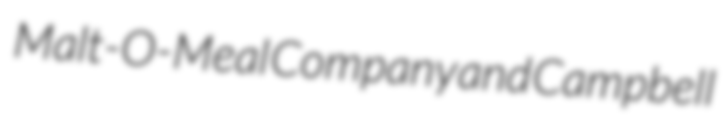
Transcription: Malt-O-Meal Company and Campbell